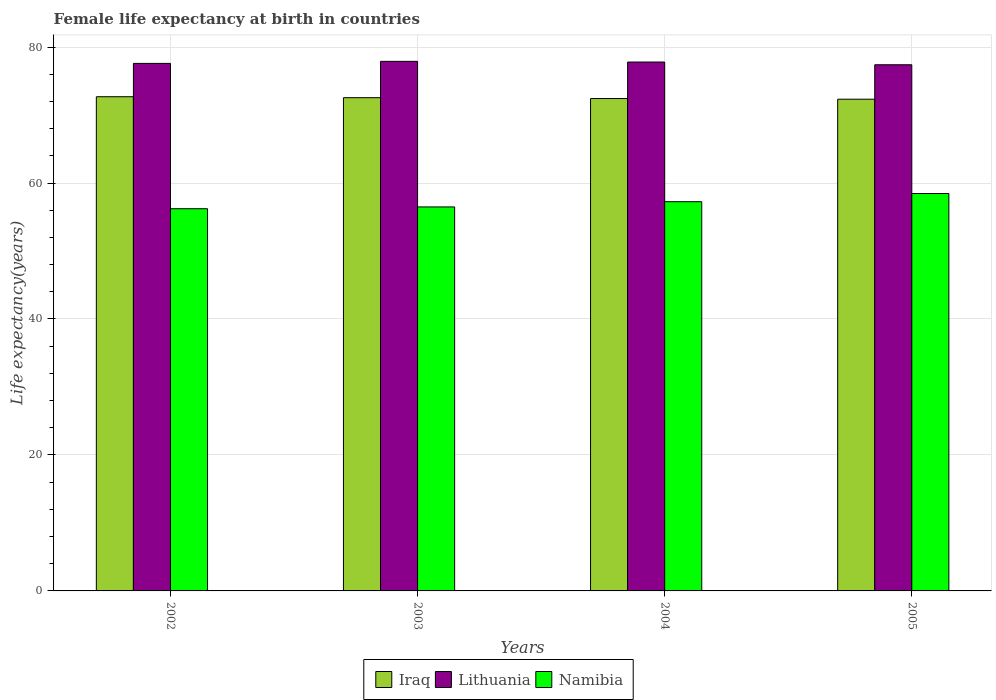
| Years | Iraq | Lithuania | Namibia |
 | --- | --- | --- | --- |
 | 2002 | 72.7 | 77.6 | 56.2 |
 | 2003 | 72.6 | 77.9 | 56.5 |
 | 2004 | 72.4 | 77.8 | 57.3 |
 | 2005 | 72.3 | 77.4 | 58.5 |